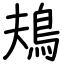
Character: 鳺